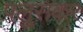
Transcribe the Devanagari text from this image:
पलु्सकर